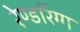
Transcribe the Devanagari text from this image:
रेण्डरिंग्ग